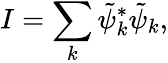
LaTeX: I=\sum_{k}\tilde{\psi}_{k}^{*}\tilde{\psi}_{k},